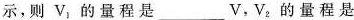
则V_{1}的量程是___V，V_{2}的量程是